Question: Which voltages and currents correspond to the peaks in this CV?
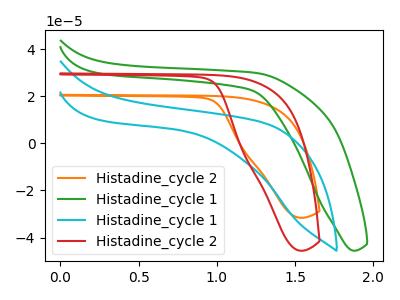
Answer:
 <answer>The orange curve "Histadine_cycle 2" has no peaks. The green curve "Histadine_cycle 1" has no peaks. The cyan curve "Histadine_cycle 1" has no peaks. The red curve "Histadine_cycle 2" has no peaks.</answer>
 <eval></eval>